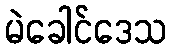
မဲခေါင်ဒေသ